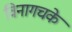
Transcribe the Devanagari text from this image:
विनागचके